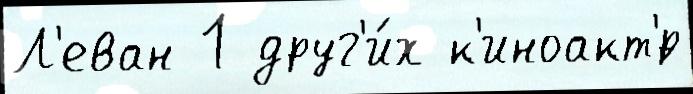
Л'еван 1 друг'и́х к'иноакт'́р